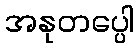
အနုတပ္ပေါ